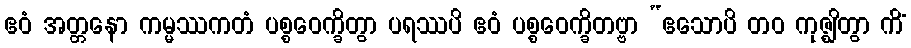
ဧဝံ အတ္တနော ကမ္မဿကတံ ပစ္စဝေက္ခိတွာ ပရဿပိ ဧဝံ ပစ္စဝေက္ခိတဗ္ဗာ “ဧသောပိ တဝ ကုဇ္ဈိတွာ ကိံ